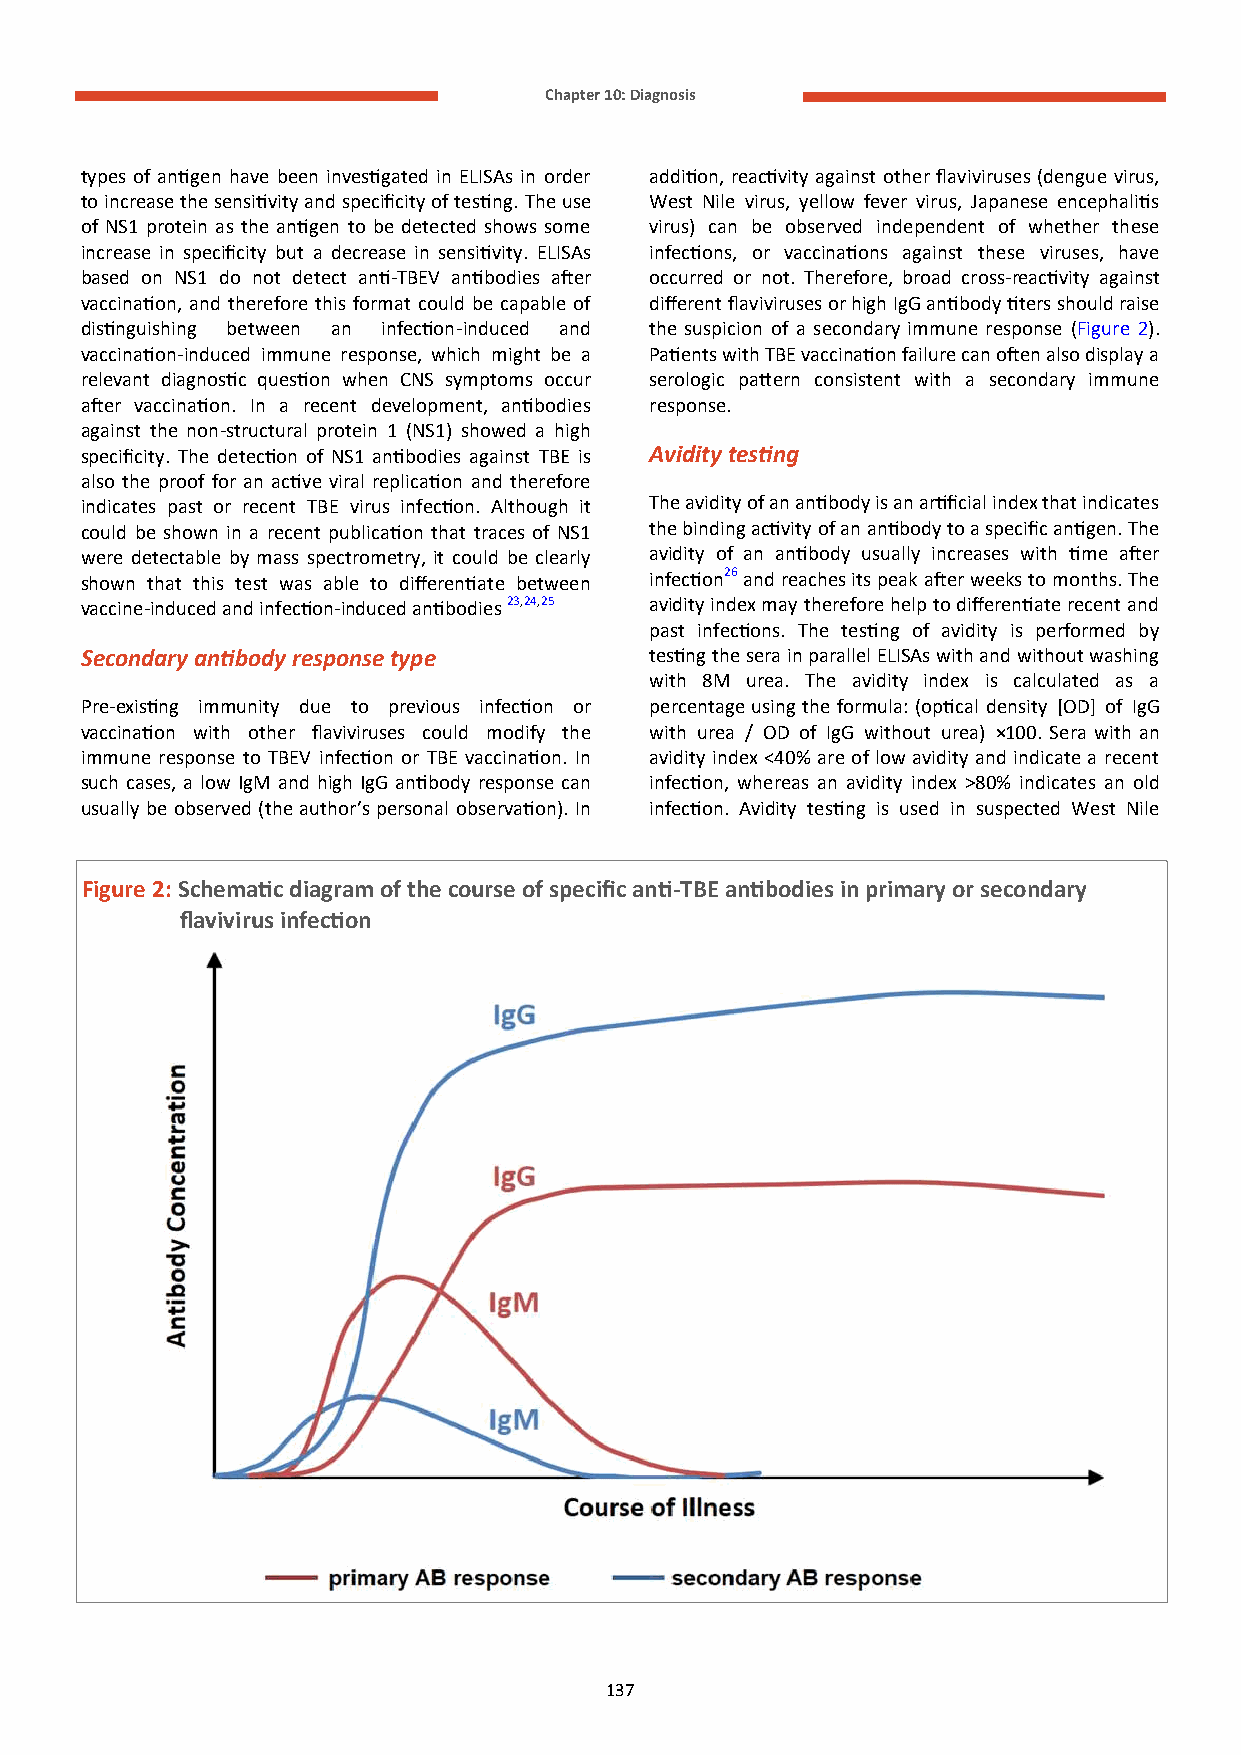
Chapter 10: Diagnosis
 types of antigen have been investigated in ELISAs in order addition, reactivity against other flaviviruses (dengue virus,
 to increase the sensitivity and specificity of testing. The use West Nile virus, yellow fever virus, Japanese encephalitis
 of NS1 protein as the antigen to be detected shows some virus) can be observed independent of whether these
 increase in specificity but a decrease in sensitivity. ELISAs infections, or vaccinations against these viruses, have
 based on NS1 do not detect anti-TBEV antibodies after occurred or not. Therefore, broad cross-reactivity against
 vaccination, and therefore this format could be capable of different flaviviruses or high IgG antibody titers should raise
 distinguishing between an infection-induced and the suspicion of a secondary immune response (Figure 2).
 vaccination-induced immune response, which might be a Patients with TBE vaccination failure can often also display a
 relevant diagnostic question when CNS symptoms occur serologic pattern consistent with a secondary immune
 after vaccination. In a recent development, antibodies response.
 against the non-structural protein 1 (NS1) showed a high
 specificity. The detection of NS1 antibodies against TBE is Avidity testing
 also the proof for an active viral replication and therefore
 indicates past or recent TBE virus infection. Although it The avidity of an antibody is an artificial index that indicates
 could be shown in a recent publication that traces of NS1 the binding activity of an antibody to a specific antigen. The
 were detectable by mass spectrometry, it could be clearly avidity of an antibody usually increases with time after
 shown that this test was able to differentiate between infection26 and reaches its peak after weeks to months. The
 vaccine-induced and infection-induced antibodies 23,24,25 avidity index may therefore help to differentiate recent and
 past infections. The testing of avidity is performed by
 Secondary antibody response type      testing the sera in parallel ELISAs with and without washing
 with 8M urea. The avidity index is calculated as a
 Pre-existing immunity due to previous infection or percentage using the formula: (optical density [OD] of IgG
 vaccination with other flaviviruses could modify the with urea / OD of IgG without urea) ×100. Sera with an
 immune response to TBEV infection or TBE vaccination. In avidity index <40% are of low avidity and indicate a recent
 such cases, a low IgM and high IgG antibody response can infection, whereas an avidity index >80% indicates an old
 usually be observed (the author’s personal observation). In infection. Avidity testing is used in suspected West Nile
 Figure 2: Schematic diagram of the course of specific anti-TBE antibodies in primary or secondary
 flavivirus infection
 137